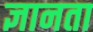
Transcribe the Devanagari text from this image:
ज्ञानता